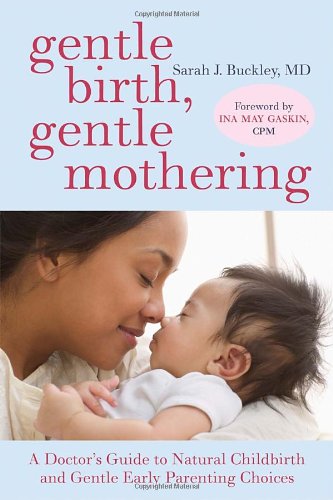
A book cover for Gentle Birth, Gentle Mothering: A Doctor's Guide to Natural Childbirth and Gentle Early Parenting Choices; Sarah Buckley; Parenting & Relationships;